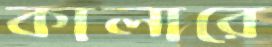
কালারে